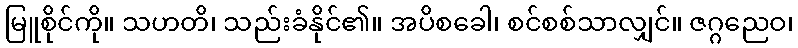
မြူစိုင်ကို။ သဟတိ၊ သည်းခံနိုင်၏။ အပိစခေါ၊ စင်စစ်သာလျှင်။ ဇဂ္ဂညေဝ၊